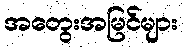
အတွေးအမြင်များ